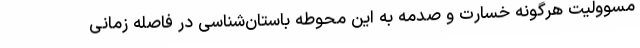
مسوولیت هرگونه خسارت و صدمه به این محوطه باستان‌شناسی در فاصله زمانی